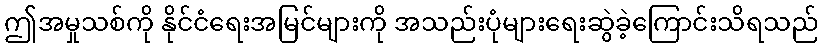
ဤအမှုသစ်ကို နိုင်ငံရေးအမြင်များကို အသည်းပုံများရေးဆွဲခဲ့ကြောင်းသိရသည်